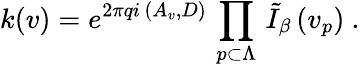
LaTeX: \left.k(v)=e^{2\pi qi\, \left(A_{v},D\right)}\, \prod_{p\subset\Lambda}\, \tilde{I}_{\beta}\, (v_{p})\right.\ .